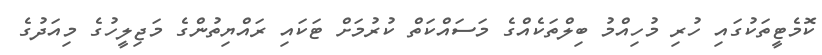
ކޮމެޓީތަކުގައި ހުރި މުހިއްމު ބިލްތަކެއްގެ މަސައްކަތް ކުރުމަށް ޓަކައި ރައްޔިތުންގެ މަޖިލީހުގެ މިއަދުގެ